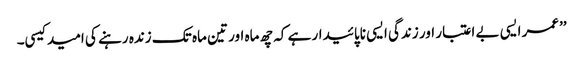
’’عمر ایسی بے اعتبار اور زندگی ایسی ناپائیدار ہے کہ چھ ماہ اور تین ماہ تک زندہ رہنے کی امید کیسی۔